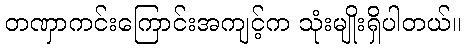
တဏှာကင်းကြောင်းအကျင့်က သုံးမျိုးရှိပါတယ်။